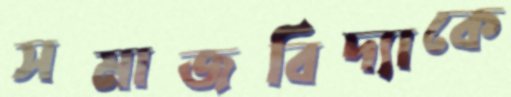
সমাজবিদ্যাকে